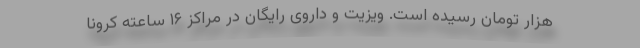
هزار تومان رسیده است. ویزیت و داروی رایگان در مراکز ۱۶ ساعته کرونا